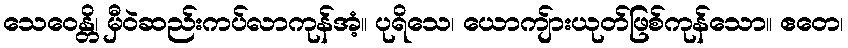
သေဝေန္တိ၊ မှီဝဲဆည်းကပ်လာကုန်အံ့။ ပုရိသေ၊ ယောကျ်ားယုတ်ဖြစ်ကုန်သော။ ဧတေ၊